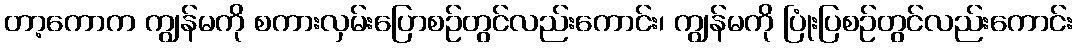
တာ့ကောက ကျွန်မကို စကားလှမ်းပြောစဉ်တွင်လည်းကောင်း၊ ကျွန်မကို ပြုံးပြစဉ်တွင်လည်းကောင်း